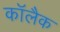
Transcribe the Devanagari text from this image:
कॉलैक